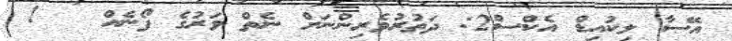
އޭސާ ލިކުއިޑް އެކްސް2: ދަތުރުވެރިންނަށް ނެތް ވަރުގެ ފޯނެއް   !